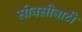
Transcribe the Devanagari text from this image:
सीनसीनाटी